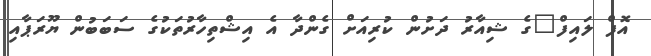
އޮފް ލައިފް"ގެ ޝިއާރު ދަށުން ކުރިއަށް ގެންދާ އެ އިޝްތިހާރުތަކުގެ ސަބަބުން ޔޫރަޕާއި